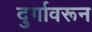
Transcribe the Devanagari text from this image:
दुर्गावरून